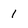
Character: 1